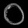
Digit: ၀